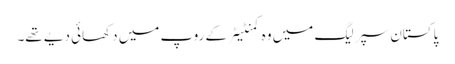
پاکستان سپر لیگ میں وہ کمنٹیٹر کے روپ میں دکھائی دیے تھے۔